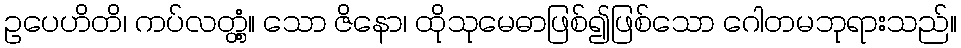
ဥပေဟိတိ၊ ကပ်လတ္တံ့။ သော ဇိနော၊ ထိုသုမေဓာဖြစ်၍ဖြစ်သော ဂေါတမဘုရားသည်။